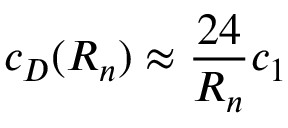
c _ { D } ( { \cal R } _ { n } ) \approx \frac { 2 4 } { { \cal R } _ { n } } c _ { 1 }